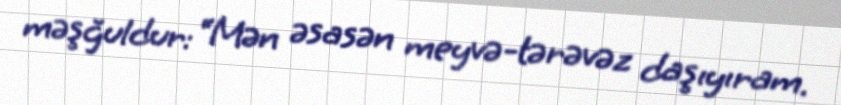
məşğuldur: “Mən əsasən meyvə-tərəvəz daşıyıram.